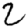
Digit: 2